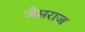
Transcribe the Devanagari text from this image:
जैसराज